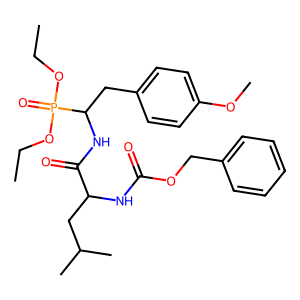
SMILES: CCOP(=O)(OCC)C(Cc1ccc(OC)cc1)NC(=O)C(CC(C)C)NC(=O)OCc1ccccc1
Inhibits HIV replication: No